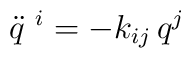
\ddot{q}^{\ i} = - k_{ij} \,q^j